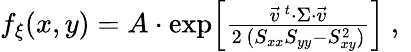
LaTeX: \begin{array}{r}{f_{\xi}(x,y)=A\cdot\exp\! \left[\frac{\vec{v}^{\, t}\cdot\Sigma\cdot\vec{v}}{2\, (S_{xx}S_{yy}-S_{xy}^{2})}\right]\mathrm{~,~}}\end{array}